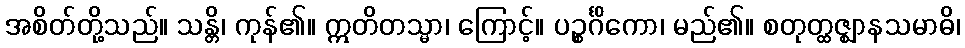
အစိတ်တို့သည်။ သန္တိ၊ ကုန်၏။ ဣတိတသ္မာ၊ ကြောင့်။ ပဉ္စင်္ဂိကော၊ မည်၏။ စတုတ္ထဇ္ဈာနသမာဓိ၊